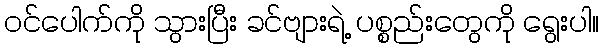
ဝင်ပေါက်ကို သွားပြီး ခင်ဗျားရဲ့ ပစ္စည်းတွေကို ရွေးပါ။